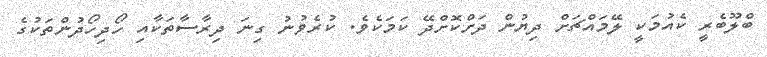
ބްލޫބެރީ ކެއުމަކީ ލޭމައްޗަށް ދިޔުން ދަށްކޮށްދޭ ކަމަކެވެ. ކުރެވުނު ގިނަ ދިރާސާތަކާއި ހޯދިހޯދުންތަކުގެ